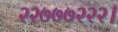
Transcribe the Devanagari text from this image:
२२७७७२२२।